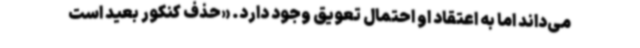
می‌داند اما به اعتقاد او احتمال تعویق وجود دارد. «حذف کنکور بعید است